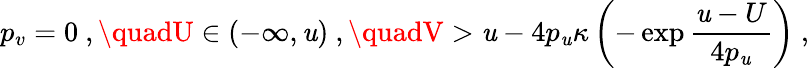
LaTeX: p_{v}=0\ ,\quadU\in(-\infty,\mathit{u})\ ,\quadV>\mathit{u}-4p_{\mathit{u}}\kappa\left(-\exp\frac{{\mathit{u}-U}}{{4p_{\mathit{u}}}}\right)\ ,